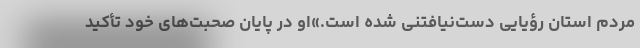
مردم استان رؤیایی دست‌نیافتنی شده است.»او در پایان صحبت‌های خود تأکید